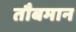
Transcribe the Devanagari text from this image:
तौबमान